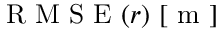
\mathrm { ~ R ~ M ~ S ~ E ~ } ( r ) ~ [ \mathrm { ~ m ~ } ]